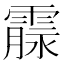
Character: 霡